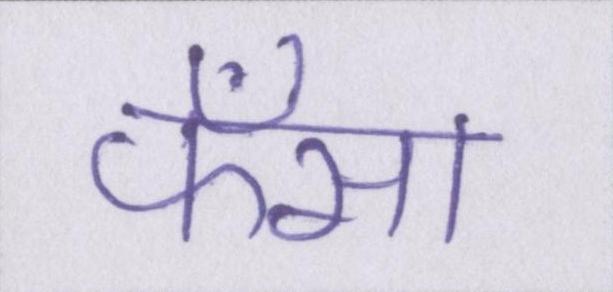
फँसा